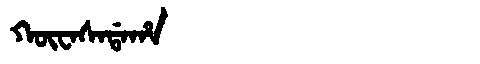
Manchu: ᡴᡡᠸᠠᠰᠠᡩᠠᡥᠠ
Romanization: KŪWASADAHA